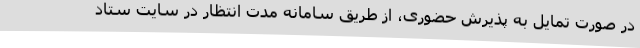
در صورت تمایل به پذیرش حضوری، از طریق سامانه مدت انتظار در سایت ستاد